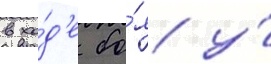
в хо́д'е бо́я у́